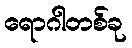
ရောဂါတစ်ခု